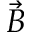
\Vec { B }